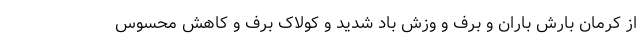
از کرمان بارش باران و برف و وزش باد شدید و کولاک برف و کاهش محسوس